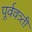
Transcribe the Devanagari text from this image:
पूर्ववत्र्ती